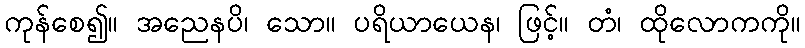
ကုန်စေ၍။ အညေနပိ၊ သော။ ပရိယာယေန၊ ဖြင့်။ တံ၊ ထိုလောကကို။